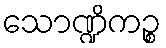
သောဏ္ဍိကဉ္စ